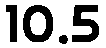
10.5